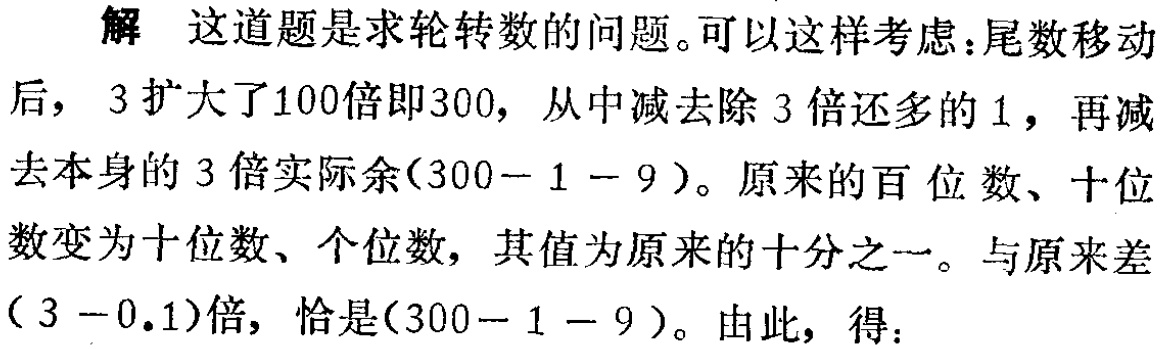
解 这道题是求轮转数的问题。可以这样考虑：尾数移动后，3 扩大了100倍即300，从中减去除3倍还多的1，再减去本身的3倍实际余\((300 - 1 - 9)\)。原来的百位数、十位数变为十位数、个位数，其值为原来的十分之一。与原来差\((3 - 0.1)\)倍，恰是\((300 - 1 - 9)\)。由此，得：